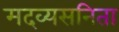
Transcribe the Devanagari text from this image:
मदव्यसनिता